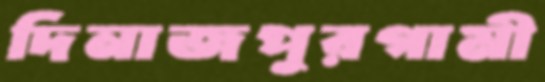
দিনাজপুরগামী